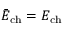
\bar { E } _ { \mathrm { c h } } = E _ { \mathrm { c h } }